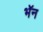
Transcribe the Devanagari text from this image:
भॅन